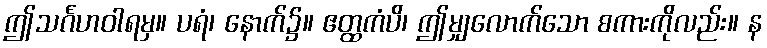
ဤသင်္ဂဟဝါရမှ။ ပရံ၊ နောက်၌။ ဧတ္ထကံပိ၊ ဤမျှလောက်သော စကားကိုလည်း။ န